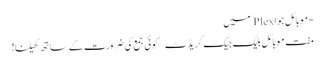
-موبائل جوا Plex میں
مفت موبائل بلیک جیک کریڈٹ – کوئی جمع کی ضرورت کے ساتھ کھیلنا!